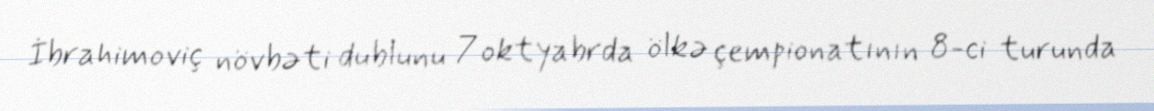
İbrahimoviç növbəti dublunu 7 oktyabrda ölkə çempionatının 8-ci turunda